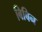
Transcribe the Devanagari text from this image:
बिबिन